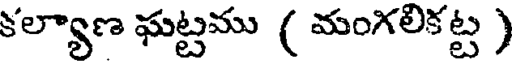
కల్యాణ ఘట్టము ( మంగలికట్ట )